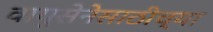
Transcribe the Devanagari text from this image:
वायुसेनेसाठीच्या